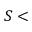
S <